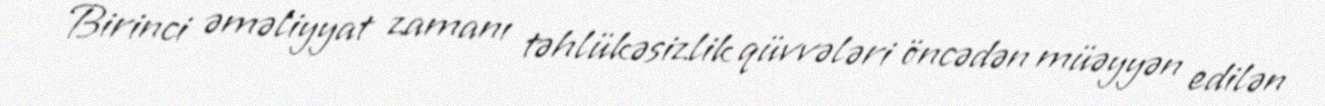
Birinci əməliyyat zamanı təhlükəsizlik qüvvələri öncədən müəyyən edilən